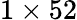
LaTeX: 1\times 52